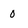
Character: 0